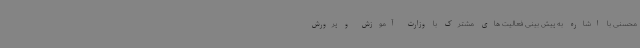
محسنی با اشاره به پیش بینی فعالیت های مشترک با وزارت آموزش و پرورش